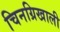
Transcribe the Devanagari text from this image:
चिनग्रिखाली